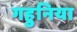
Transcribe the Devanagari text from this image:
गहुनिया